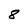
Character: 8